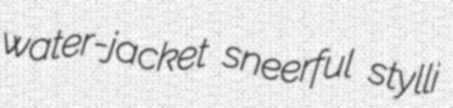
water-jacket sneerful stylli